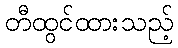
တီထွင်ထားသည့်